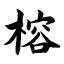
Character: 榕